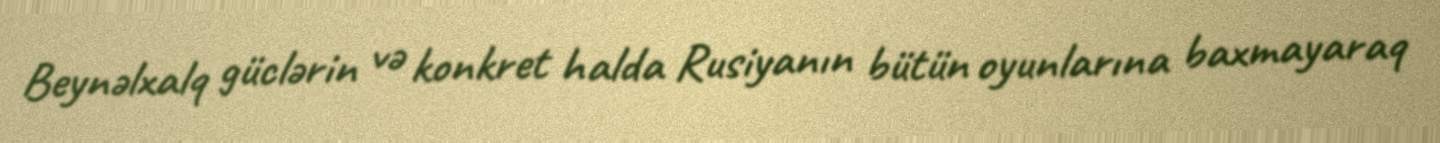
Beynəlxalq güclərin və konkret halda Rusiyanın bütün oyunlarına baxmayaraq